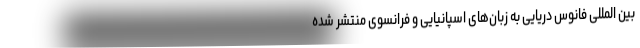
بین المللی فانوس دریایی به زبان‌های اسپانیایی و فرانسوی منتشر شده